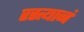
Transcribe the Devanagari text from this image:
रस्त्यानं